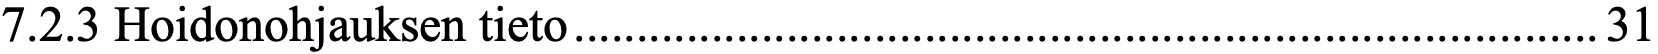
7.2.3 Hoidonohjauksen tieto .................................................................................. 31